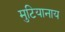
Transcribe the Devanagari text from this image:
मुटियानाय